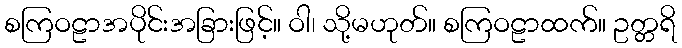
စကြဝဠာအပိုင်းအခြားဖြင့်။ ဝါ၊ သို့မဟုတ်။ စကြဝဠာထက်။ ဥတ္တရိ